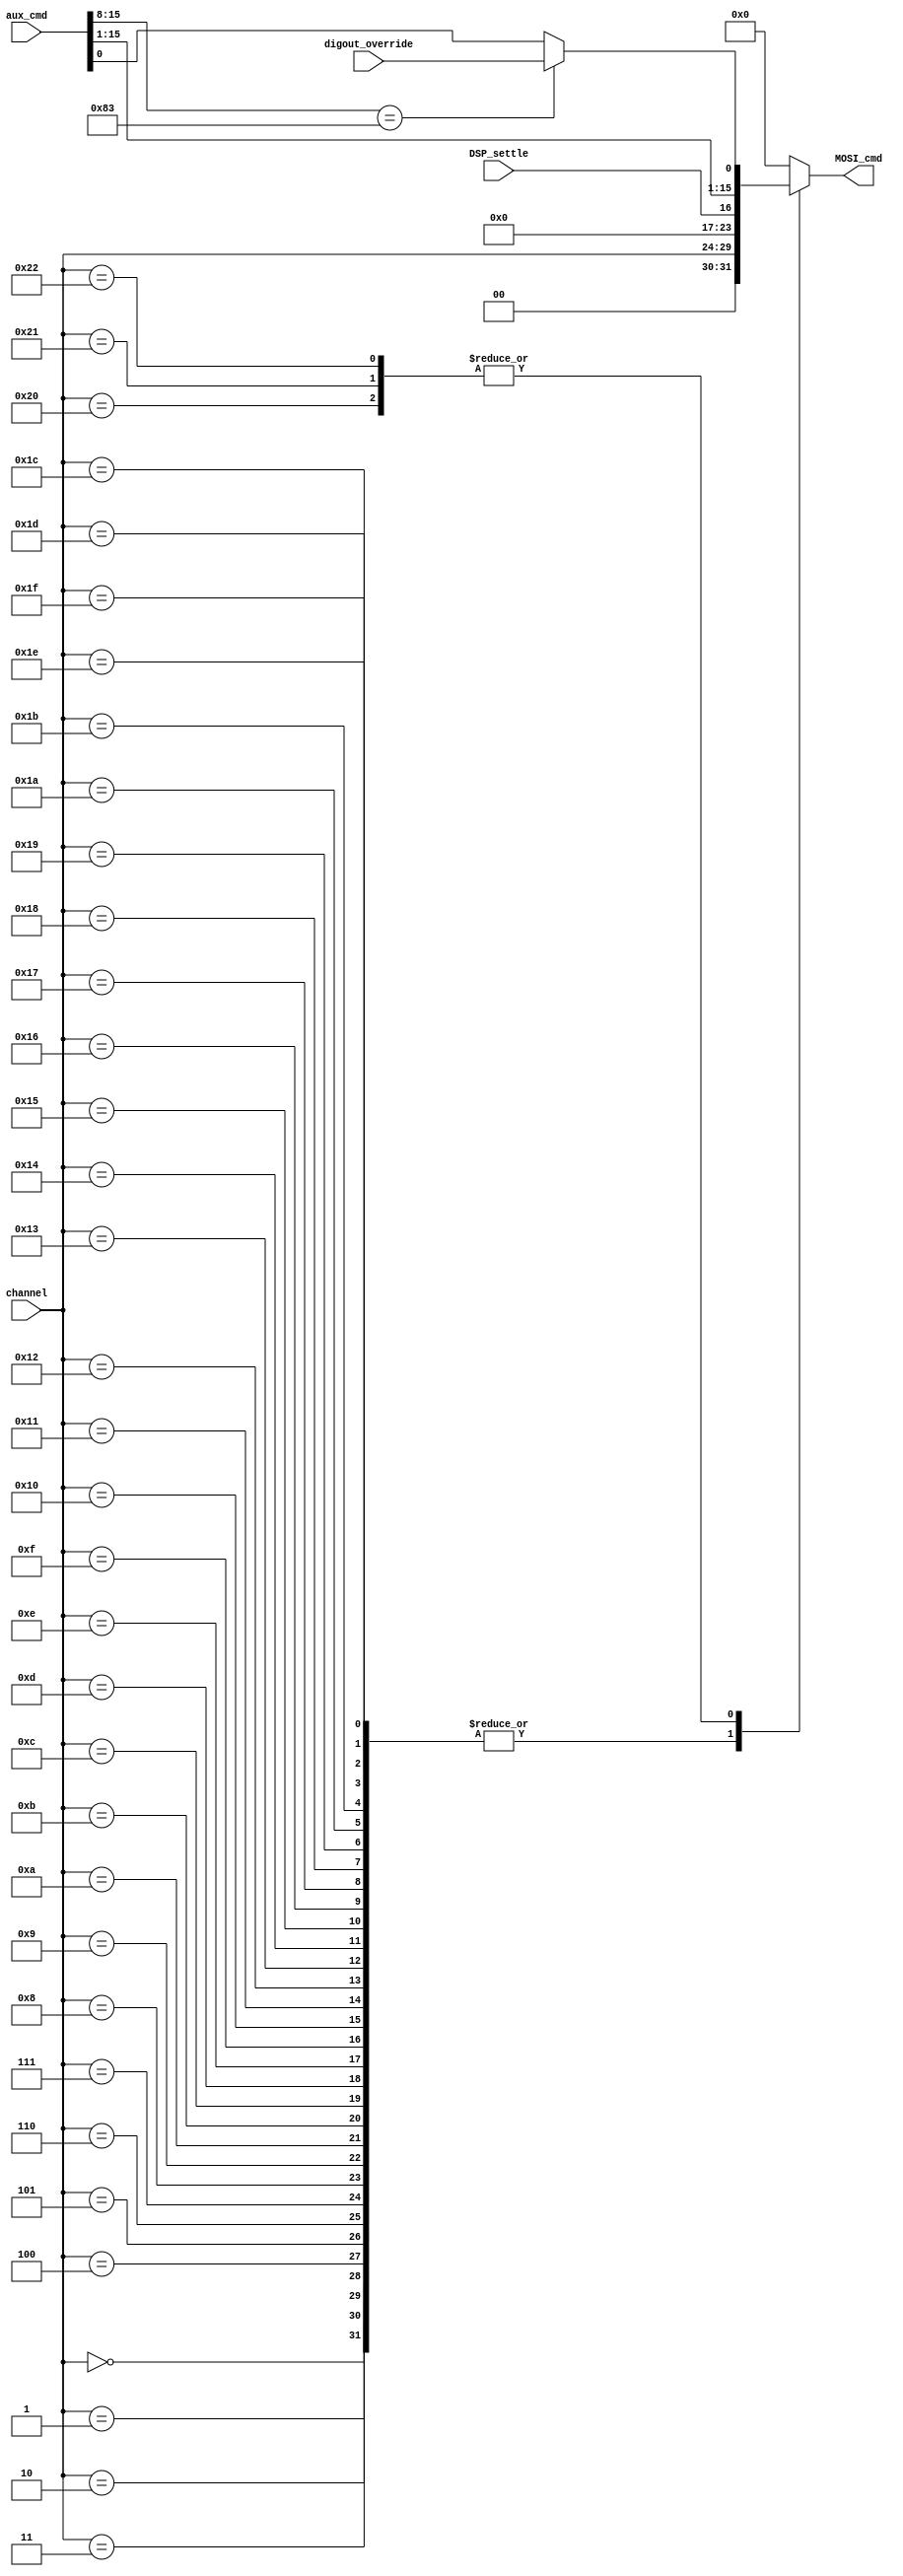
module command_selector (
	input wire [5:0] 		channel,
	input wire				DSP_settle,
	input wire [15:0] 	aux_cmd,
	input wire				digout_override,
	output reg [15:0] 	MOSI_cmd
	);
	always @(*) begin
		case (channel)
			0:       MOSI_cmd <= { 2'b00, channel, 7'b0000000, DSP_settle };
			1:       MOSI_cmd <= { 2'b00, channel, 7'b0000000, DSP_settle };
			2:       MOSI_cmd <= { 2'b00, channel, 7'b0000000, DSP_settle };
			3:       MOSI_cmd <= { 2'b00, channel, 7'b0000000, DSP_settle };
			4:       MOSI_cmd <= { 2'b00, channel, 7'b0000000, DSP_settle };
			5:       MOSI_cmd <= { 2'b00, channel, 7'b0000000, DSP_settle };
			6:       MOSI_cmd <= { 2'b00, channel, 7'b0000000, DSP_settle };
			7:       MOSI_cmd <= { 2'b00, channel, 7'b0000000, DSP_settle };
			8:       MOSI_cmd <= { 2'b00, channel, 7'b0000000, DSP_settle };
			9:       MOSI_cmd <= { 2'b00, channel, 7'b0000000, DSP_settle };
			10:      MOSI_cmd <= { 2'b00, channel, 7'b0000000, DSP_settle };
			11:      MOSI_cmd <= { 2'b00, channel, 7'b0000000, DSP_settle };
			12:      MOSI_cmd <= { 2'b00, channel, 7'b0000000, DSP_settle };
			13:      MOSI_cmd <= { 2'b00, channel, 7'b0000000, DSP_settle };
			14:      MOSI_cmd <= { 2'b00, channel, 7'b0000000, DSP_settle };
			15:      MOSI_cmd <= { 2'b00, channel, 7'b0000000, DSP_settle };
			16:      MOSI_cmd <= { 2'b00, channel, 7'b0000000, DSP_settle };
			17:      MOSI_cmd <= { 2'b00, channel, 7'b0000000, DSP_settle };
			18:      MOSI_cmd <= { 2'b00, channel, 7'b0000000, DSP_settle };
			19:      MOSI_cmd <= { 2'b00, channel, 7'b0000000, DSP_settle };
			20:      MOSI_cmd <= { 2'b00, channel, 7'b0000000, DSP_settle };
			21:      MOSI_cmd <= { 2'b00, channel, 7'b0000000, DSP_settle };
			22:      MOSI_cmd <= { 2'b00, channel, 7'b0000000, DSP_settle };
			23:      MOSI_cmd <= { 2'b00, channel, 7'b0000000, DSP_settle };
			24:      MOSI_cmd <= { 2'b00, channel, 7'b0000000, DSP_settle };
			25:      MOSI_cmd <= { 2'b00, channel, 7'b0000000, DSP_settle };
			26:      MOSI_cmd <= { 2'b00, channel, 7'b0000000, DSP_settle };
			27:      MOSI_cmd <= { 2'b00, channel, 7'b0000000, DSP_settle };
			28:      MOSI_cmd <= { 2'b00, channel, 7'b0000000, DSP_settle };
			29:      MOSI_cmd <= { 2'b00, channel, 7'b0000000, DSP_settle };
			30:      MOSI_cmd <= { 2'b00, channel, 7'b0000000, DSP_settle };
			31:      MOSI_cmd <= { 2'b00, channel, 7'b0000000, DSP_settle };
			32:		MOSI_cmd <= (aux_cmd[15:8] == 8'h83) ? {aux_cmd[15:1], digout_override} : aux_cmd; 
			33:		MOSI_cmd <= (aux_cmd[15:8] == 8'h83) ? {aux_cmd[15:1], digout_override} : aux_cmd; 
			34:		MOSI_cmd <= (aux_cmd[15:8] == 8'h83) ? {aux_cmd[15:1], digout_override} : aux_cmd; 
			default: MOSI_cmd <= 16'b0;
			endcase
	end	
endmodule